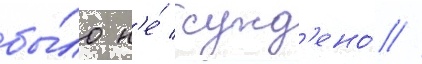
бы́ло н'е́ сужд'ено́ //